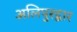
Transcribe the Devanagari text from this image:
अलिपुरद्वार